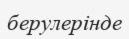
берулерінде